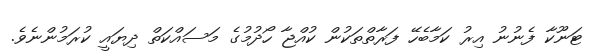
ޓަނޫކާ ފެނުނު އިރު ކަމާބެހޭ ފަރާތްތަކުން ކުއްޖާ ހޯދުމުގެ މަސައްކަތް ދިޔައީ ކުރަމުންނެވެ.